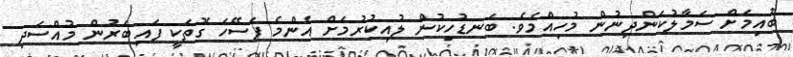
ބުއިމަށް ސަމާލުކަންދިނުން މުހިއްމެވެ. ބަނޑުހިކުން ލުއިކުރުމަށް އެންމެ ފަސޭހަ ގޮތަކީ ފައިބަރުން މުއްސަދި